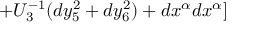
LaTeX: + U _ { 3 } ^ { - 1 } ( d y _ { 5 } ^ { 2 } + d y _ { 6 } ^ { 2 } ) + d x ^ { \alpha } d x ^ { \alpha } ]